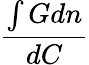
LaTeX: \frac{\int Gdn}{dC}